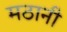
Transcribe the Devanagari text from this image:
मठानी